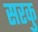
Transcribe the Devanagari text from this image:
सरकु